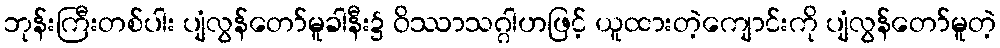
ဘုန်းကြီးတစ်ပါး ပျံလွန်တော်မူခါနီး၌ ဝိဿာသဂ္ဂါဟဖြင့် ယူထားတဲ့ကျောင်းကို ပျံလွန်တော်မူတဲ့